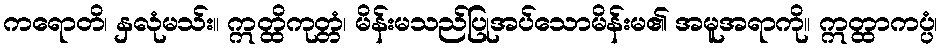
ကရောတိ၊ နှလုံမသ်း။ ဣတ္ထိကုတ္တံ၊ မိန်းမသည်ပြုအပ်သောမိန်းမ၏ အမူအရာကို။ ဣတ္ထာကပ္ပံ၊